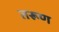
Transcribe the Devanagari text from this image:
तरूण